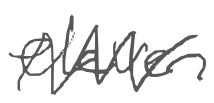
Text: eleven
Cross-out: zig-zag
Writing tool: digital_gray